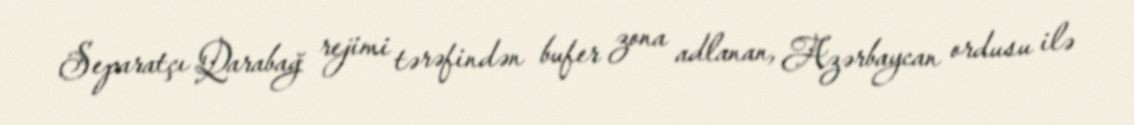
Separatçı Qarabağ rejimi tərəfindən bufer zona adlanan, Azərbaycan ordusu ilə